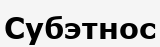
Субэтнос